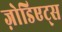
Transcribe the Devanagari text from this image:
ज़ोडिएट्स